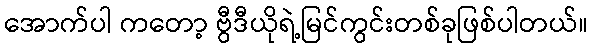
အောက်ပါ ကတော့ ဗွီဒီယိုရဲ့မြင်ကွင်းတစ်ခုဖြစ်ပါတယ်။